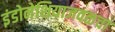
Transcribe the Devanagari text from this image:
इंडोनेशियाजवळचा